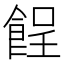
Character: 𩛦